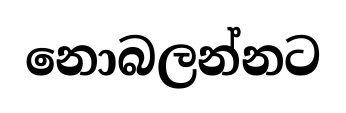
නොබලන්නට